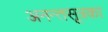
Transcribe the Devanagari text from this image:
अनन्तसूत्रका